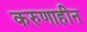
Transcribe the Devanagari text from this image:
करुणाहीन